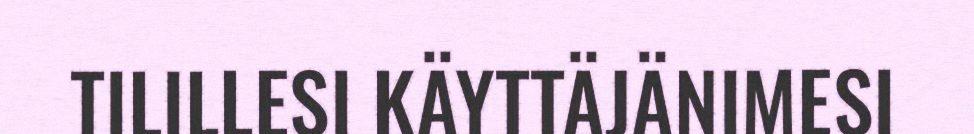
TILILLESI KÄYTTÄJÄNIMESI